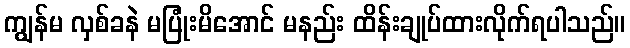
ကျွန်မ လှစ်ခနဲ မပြုံးမိအောင် မနည်း ထိန်းချုပ်ထားလိုက်ရပါသည်။